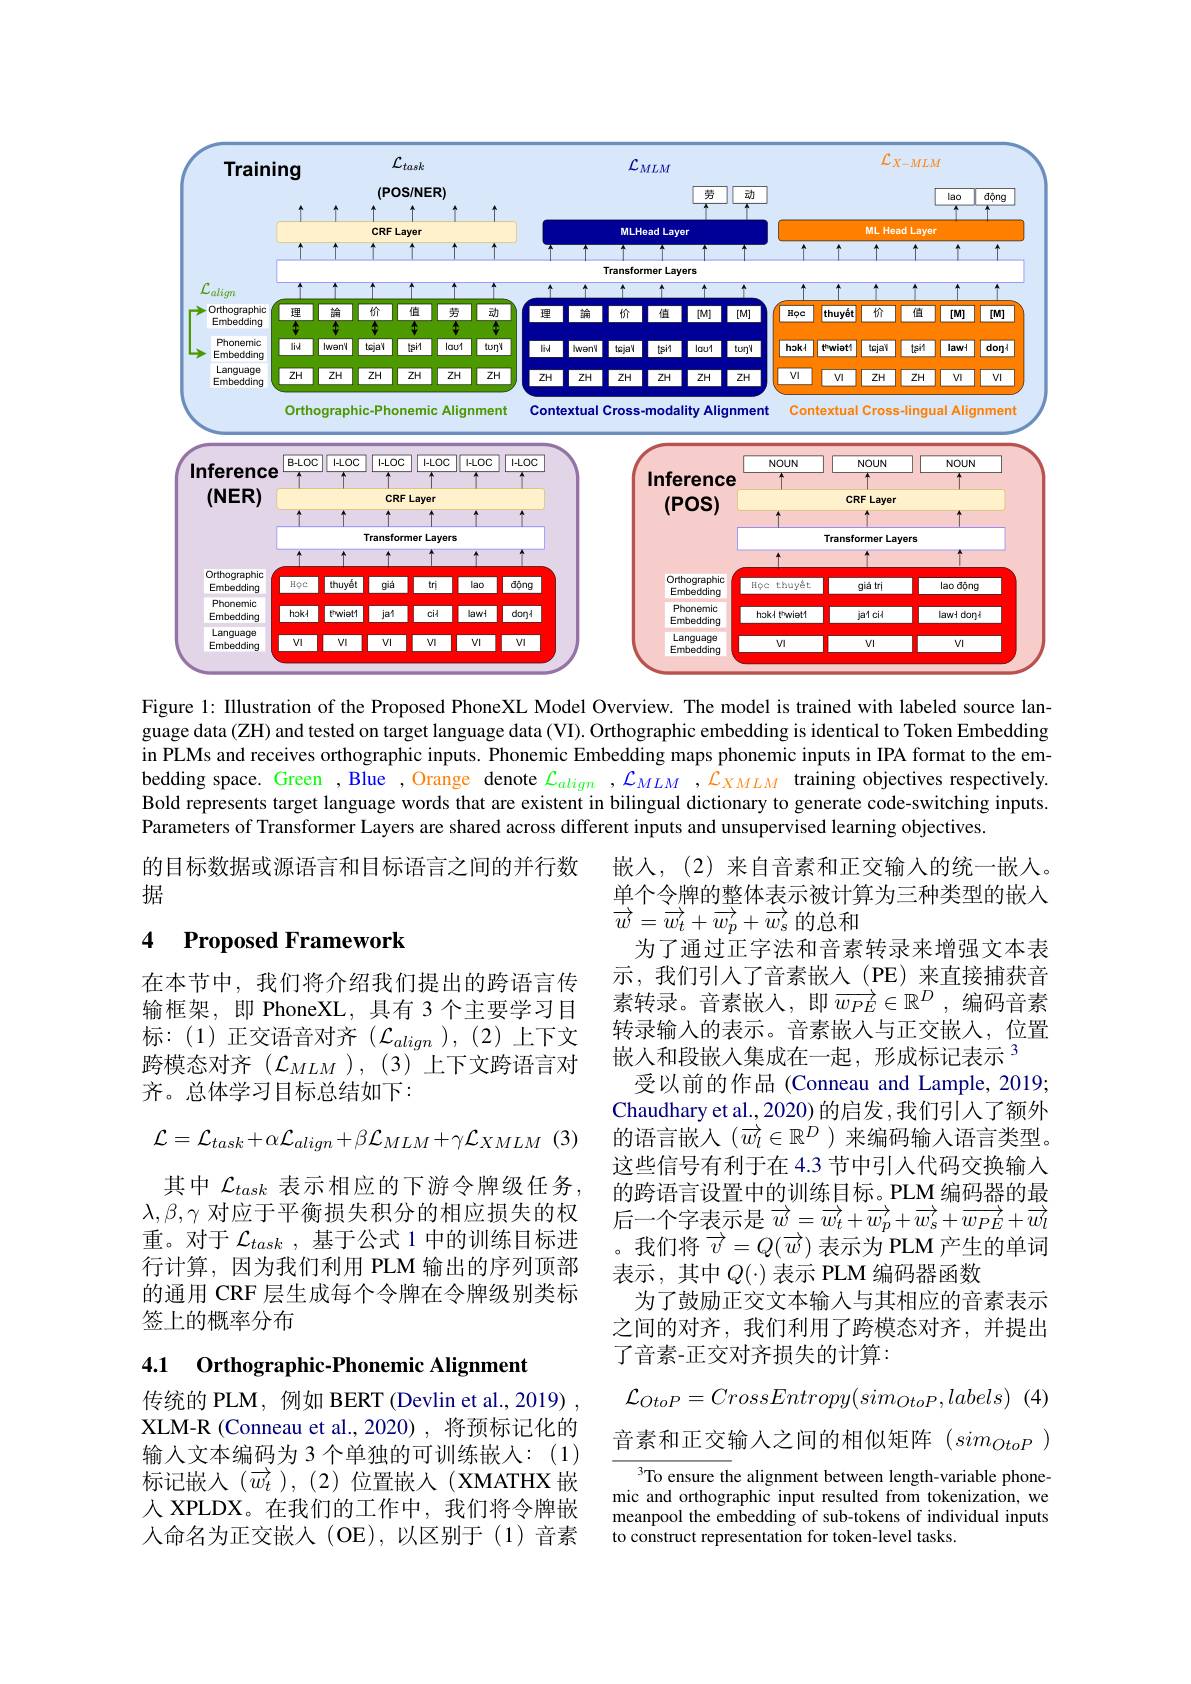
<FigureHere>
Figure 1: Illustration of the Proposed PhoneXL Model Overview. The model is trained with labeled source lan-

guage data (ZH) and tested on target language data (VI). Orthographic embedding is identical to Token Embedding in PLMs and receives orthographic inputs. Phonemic Embedding maps phonemic inputs in IPA format to the embedding space. Green , Blue , Orange denote $\mathcal{L}_{align}$ ,$\mathcal{L}_MLM$ ,$\mathcal{L}_XMLM$ training objectives respectively Bold represents target language words that are existent in bilingual dictionary to generate code-switching inputs. Parameters of Transformer Layers are shared across different inputs and unsupervised learning objectives.

的目标数据或源语言和目标语言之间的并行数
据

### 4 Proposed Framework

在本节中，我们将介绍我们提出的跨语言传输框架，即 PhoneXL,具有 3 个主要学习目标：(1)正交语音对齐$(\mathcal{L}_align),(2)$上下文跨模态对齐$(\mathcal{L}_{MLM})$, (3)上下文跨语言对齐。总体学习目标总结如下：
$$\mathcal{L}=\mathcal{L}_{task}+\alpha\mathcal{L}_{align}+\beta\mathcal{L}_{MLM}+\gamma\mathcal{L}_{XMLM}$$
其中$\mathcal{L}_{task}$表示相应的下游令牌级任务， $\lambda,\beta,\gamma$对应于平衡损失积分的相应损失的权重。对于$\mathcal{L}_{task}$ ,基于公式 1 中的训练目标进行计算，因为我们利用 PLM 输出的序列顶部的通用 CRF 层生成每个令牌在令牌级别类标签上的概率分布

嵌入，(2)来自音素和正交输入的统一嵌入。单个令牌的整体表示被计算为三种类型的嵌人$\overrightarrow{w}=\overrightarrow{w_{t}}+\overrightarrow{w_{p}}+\overrightarrow{w_{s}}$的总和
为了通过正字法和音素转录来增强文本表示，我们引入了音素嵌入(PE)来直接捕获音素转录。音素嵌入，即$\overrightarrow{w_{PE}}\in\mathbb{R}^D$,编码音素转录输入的表示。音素嵌入与正交嵌入，位置嵌人和段嵌入集成在一起，形成标记表示$^{3}$
受以前的作品(Conneau and Lample, 2019; Chaudhary et al., 2020) 的启发，我们引入了额外的语言嵌入$(\overrightarrow{w_l}\in\mathbb{R}^D)$来编码输人语言类型。这些信号有利于在 4.3 节中引入代码交换输入的跨语言设置中的训练目标。PLM 编码器的最后一个字表示是$\overrightarrow{w}=\overrightarrow{w_t}+\overrightarrow{w_p}+\overrightarrow{w_s}+\overrightarrow{w_{PE}}+\overrightarrow{w_l}$ 。我们将$\overrightarrow{v}=Q(\overrightarrow{w})$表示为 PLM 产生的单词表示，其中$Q(\cdot)$表示 PLM 编码器函数
为了鼓励正交文本输入与其相应的音素表示之间的对齐，我们利用了跨模态对齐，并提出了音素-正交对齐损失的计算：
$$\mathcal{L}_{OtoP}=CrossEntropy(sim_{OtoP},labels)$$
音素和正交输人之间的相似矩阵$(sim_{OtoP})$
To ensure the alignment between length-variable phonemic and orthographic input resulted from tokenization, we

4.1 Orthographic-Phonemic Alignment

传统的 PLM, 例如 BERT (Devlin et al., 2019) XLM-R (Conneau et al., 2020) , 将预标记化的输入文本编码为 3 个单独的可训练嵌人：(1) 标记嵌入($\vec{w_{t}}$),(2)位置嵌入(XMATHX 嵌人 XPLDX。在我们的工作中，我们将令牌嵌人命名为正交嵌入(OE),以区别于(1)音素

meanpool the embedding of sub-tokens of individual inputs
to construct representation for token-level tasks.